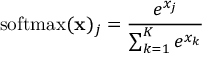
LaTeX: { \mathrm { s o f t m a x } } ( \mathbf { x } ) _ { j } = { \frac { e ^ { x _ { j } } } { \sum _ { k = 1 } ^ { K } e ^ { x _ { k } } } }